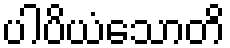
ပါပိယံသောတိ